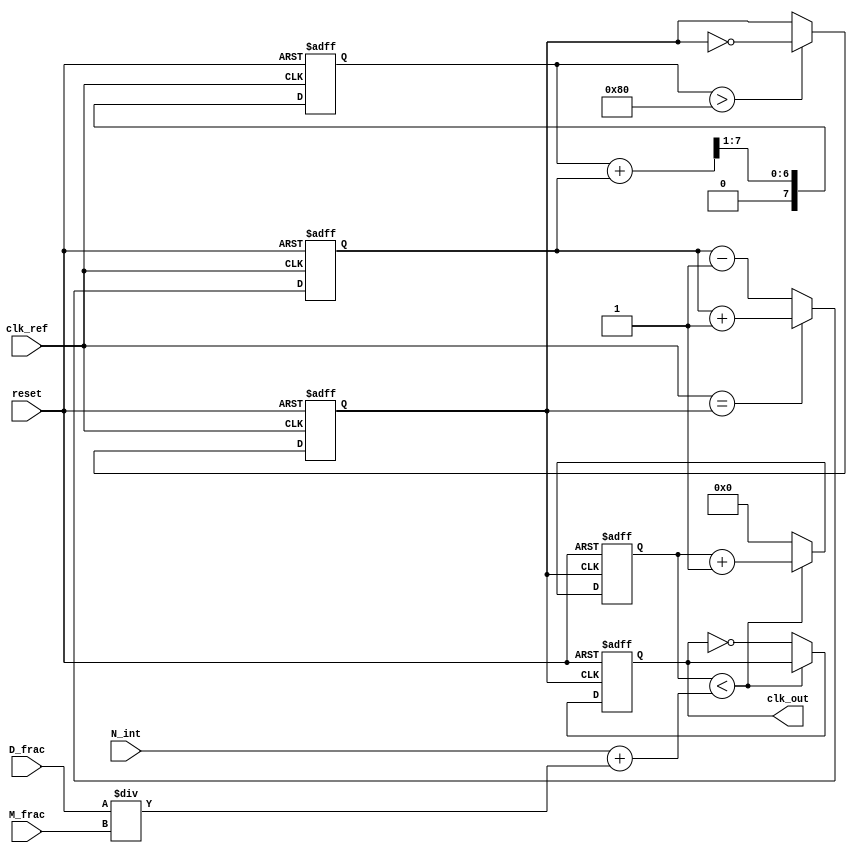
module frac_n_pll (
    input wire clk_ref,           // Reference clock input
    input wire reset,             // Reset signal
    input wire [N-1:0] N_int,     // Integer division value
    input wire [D-1:0] D_frac,     // Numerator for fractional division
    input wire [M-1:0] M_frac,     // Denominator for fractional division
    output reg clk_out            // Output clock
);

parameter N = 8;                 // Bit-width for integer part
parameter D = 8;                 // Bit-width for numerator
parameter M = 8;                 // Bit-width for denominator

// Internal signals
reg [N-1:0] phase_error;         // Phase error signal
reg [M-1:0] control_voltage;      // Control voltage for VCO
reg vco_out;                     // VCO output signal
reg [N-1:0] divider_count;       // Divider counter
reg [N-1:0] feedback;            // Feedback signal

// Phase Detector (PFD)
always @(posedge clk_ref or posedge reset) begin
    if (reset) begin
        phase_error <= 0;
    end else begin
        // Simple phase comparison logic (for illustration)
        if (clk_ref == vco_out) begin
            phase_error <= phase_error + 1; // Phase aligned
        end else begin
            phase_error <= phase_error - 1; // Phase misaligned
        end
    end
end

// Loop Filter (Low-pass filter)
always @(posedge clk_ref or posedge reset) begin
    if (reset) begin
        control_voltage <= 0;
    end else begin
        // Simple low-pass filter implementation
        control_voltage <= (control_voltage + phase_error) >> 1; // Averaging
    end
end

// Voltage-Controlled Oscillator (VCO)
always @(posedge clk_ref or posedge reset) begin
    if (reset) begin
        vco_out <= 0;
    end else begin
        // VCO frequency control based on control voltage
        // This is a simplified representation; actual implementation may vary
        if (control_voltage > 128) begin
            vco_out <= ~vco_out; // Toggle output based on control voltage
        end
    end
end

// Frequency Divider
always @(posedge vco_out or posedge reset) begin
    if (reset) begin
        divider_count <= 0;
        clk_out <= 0;
    end else begin
        if (divider_count < (N_int + (D_frac / M_frac))) begin
            divider_count <= divider_count + 1;
        end else begin
            clk_out <= ~clk_out; // Toggle output clock
            divider_count <= 0;   // Reset counter
        end
    end
end

endmodule